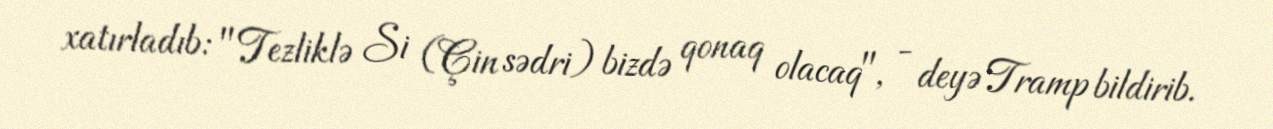
xatırladıb: "Tezliklə Si (Çin sədri) bizdə qonaq olacaq", - deyə Tramp bildirib.